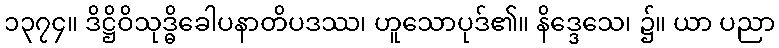
၁၃၇၄။ ဒိဋ္ဌိဝိသုဒ္ဓိခေါပနာတိပဒဿ၊ ဟူသောပုဒ်၏။ နိဒ္ဒေသေ၊ ၌။ ယာ ပညာ